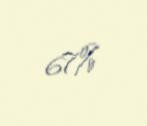
67%